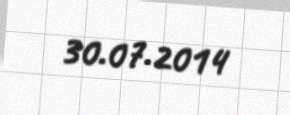
30.07.2014